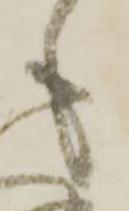
も